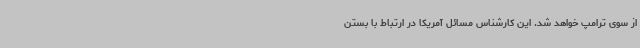
از سوی ترامپ خواهد شد. این کارشناس مسائل آمریکا در ارتباط با بستن